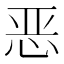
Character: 恶